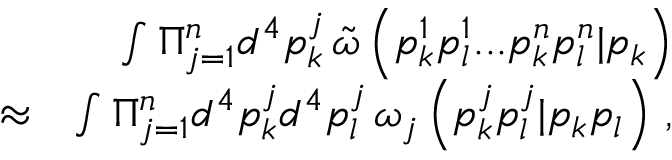
\begin{array} { r l r } & { } & { \int \Pi _ { j = 1 } ^ { n } d ^ { 4 } p _ { k } ^ { j } \, \tilde { \omega } \left( p _ { k } ^ { 1 } p _ { l } ^ { 1 } . . . p _ { k } ^ { n } p _ { l } ^ { n } | p _ { k } \right) } \\ & { \approx } & { \int \Pi _ { j = 1 } ^ { n } d ^ { 4 } p _ { k } ^ { j } d ^ { 4 } p _ { l } ^ { j } \, \omega _ { j } \left( p _ { k } ^ { j } p _ { l } ^ { j } | p _ { k } p _ { l } \right) \, , } \end{array}